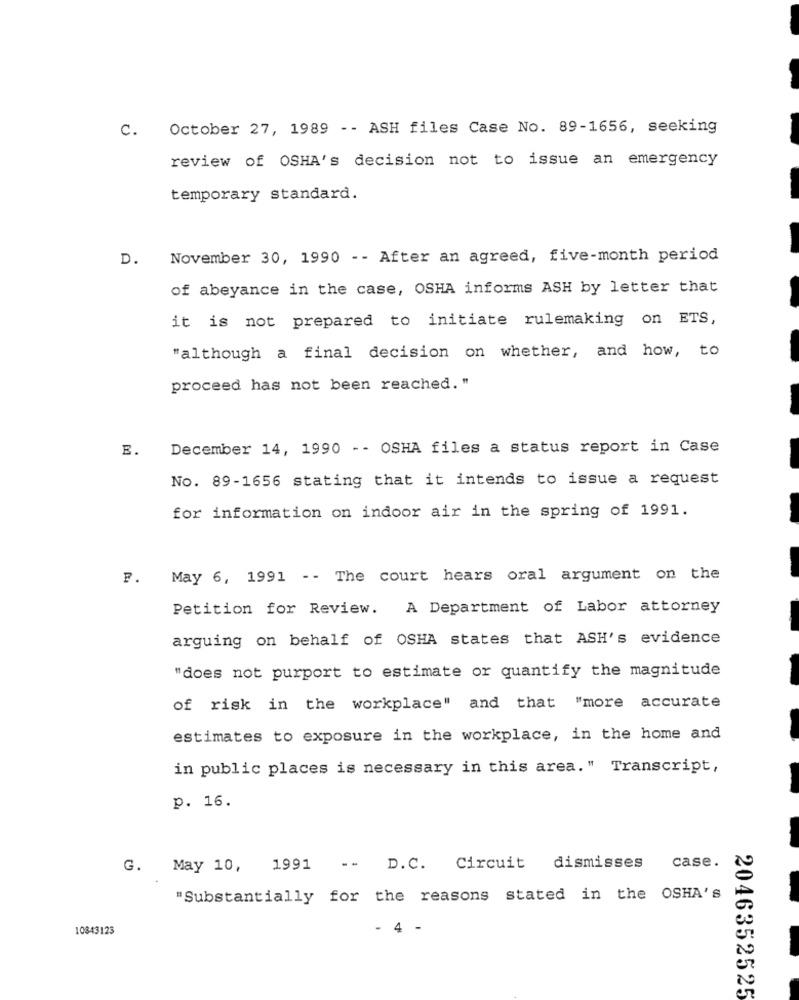
C. October 27, 1989 - - ASH files Case No. 89-1656, seeking
review of OSHA's decision not to issue an emergency
temporary standard.
D.
November 30, 1990 - - After an agreed, five-month period
of abeyance in the case, OSHA informs ASH by letter that
it is not prepared to initiate rulemaking on ETS,
"although a final decision on whether, and how, to
proceed has not been reached. "
E.
December 14, 1990 -- OSHA files a status report in Case
No. 89-1656 stating that it intends to issue a request
for information on indoor air in the spring of 1991.
F. May 6, 1991 -- The court hears oral argument on the
Petition for Review. A Department of Labor attorney
arguing on behalf of OSHA states that ASH's evidence
"does not purport to estimate or quantify the magnitude
of risk in the workplace" and that "more accurate
estimates to exposure in the workplace, in the home and
in public places is necessary in this area." Transcript,
p. 16.
case.
G. May 10, 1991
-- D. C. Circuit
dismisses
"Substantially for the reasons stated in the OSHA'S
10843123
- 4 -
2046352525